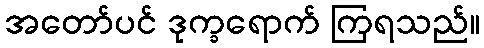
အတော်ပင် ဒုက္ခရောက် ကြရသည်။